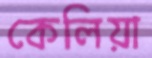
কেলিয়া